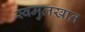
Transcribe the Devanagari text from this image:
स्वमुलखात